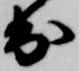
出